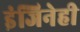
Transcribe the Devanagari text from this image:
इंजिनेही